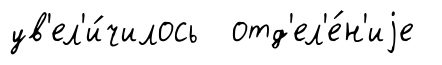
ув'ел'и́чилось отд'ел'е́н'иjе